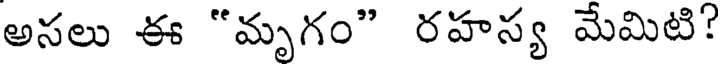
అసలు ఈ "మృగం" రహస్య మేమిటి?